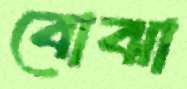
বোঝা